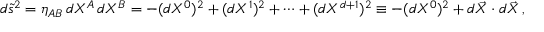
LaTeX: d \tilde { s } ^ { 2 } = \eta _ { A B } \, d X ^ { A } \, d X ^ { B } = - ( d X ^ { 0 } ) ^ { 2 } + ( d X ^ { 1 } ) ^ { 2 } + \dots + ( d X ^ { d + 1 } ) ^ { 2 } \equiv - ( d X ^ { 0 } ) ^ { 2 } + d \vec { X } \cdot d \vec { X } \, ,